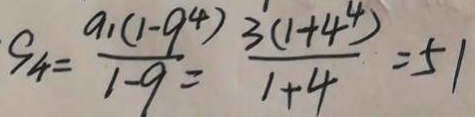
S _ { 4 } = \frac { a _ { 1 } ( 1 - 9 ^ { 4 } ) } { 1 - 9 } = \frac { 3 ( 1 + 4 ^ { 4 } ) } { 1 + 4 } = 5 1